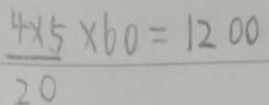
\frac { 4 \times 5 } { 2 0 } \times 6 0 = 1 2 0 0